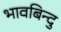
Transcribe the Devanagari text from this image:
भावबिन्दु